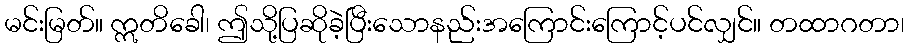
မင်းမြတ်။ ဣတိခေါ၊ ဤသို့ပြဆိုခဲ့ပြီးသောနည်းအကြောင်းကြောင့်ပင်လျှင်။ တထာဂတာ၊